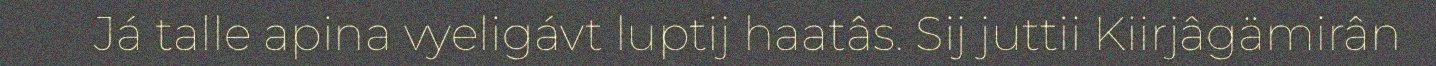
Já talle apina vyeligávt luptij haatâs. Sij juttii Kiirjâgämirân